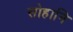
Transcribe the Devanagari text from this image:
सोहानि